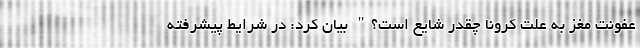
عفونت مغز به علت کرونا چقدر شایع است؟" بیان کرد: در شرایط پیشرفته